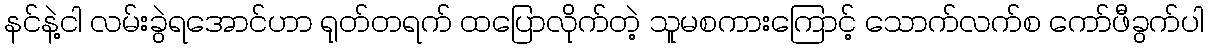
နင်နဲ့ငါ လမ်းခွဲရအောင်ဟာ ရုတ်တရက် ထပြောလိုက်တဲ့ သူမစကားကြောင့် သောက်လက်စ ကော်ဖီခွက်ပါ